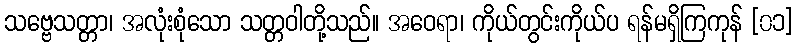
သဗ္ဗေသတ္တာ၊ အလုံးစုံသော သတ္တဝါတို့သည်။ အဝေရာ၊ ကိုယ်တွင်းကိုယ်ပ ရန်မရှိကြကုန် [၀၁]